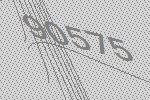
90575